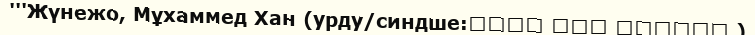
'''Жүнежо, Мұхаммед Хан (урду/синдше:محمد خان جونیجو )